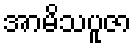
အာမိသပူဇာ